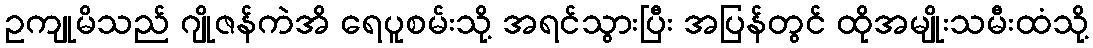
ဥကျုမိသည် ဂျိုဇန်ကဲအိ ရေပူစမ်းသို့ အရင်သွားပြီး အပြန်တွင် ထိုအမျိုးသမီးထံသို့